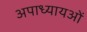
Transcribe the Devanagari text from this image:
अपाध्यायओं